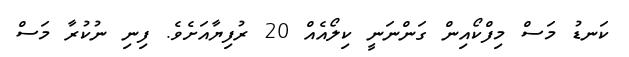
ކަނޑު މަސް މިފްކޯއިން ގަންނަނީ ކިލޯއެއް 20 ރުފިޔާއަށެވެ. ފިނި ނުކުރާ މަސް